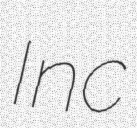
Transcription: Inc